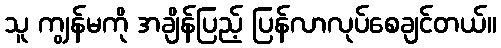
သူ ကျွန်မကို အချိန်ပြည့် ပြန်လာလုပ်စေချင်တယ်။